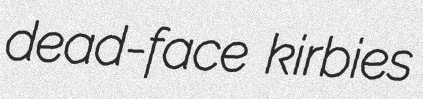
dead-face kirbies